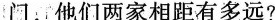
门，他们两家相距有多远?